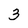
Character: 3